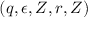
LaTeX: ( q , \epsilon , Z , r , Z )